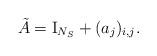
LaTeX: \begin{align*}\tilde A= {\rm I}_{N_{S}} + (a_{j})_{i,j}.\end{align*}